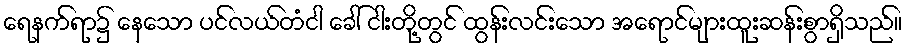
ရေနက်ရာ၌ နေသော ပင်လယ်တံငါ ခေါ် ငါးတို့တွင် ထွန်းလင်းသော အရောင်များထူးဆန်းစွာရှိသည်။